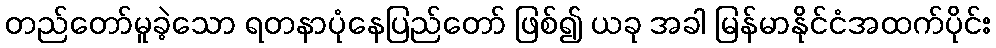
တည်တော်မူခဲ့သော ရတနာပုံနေပြည်တော် ဖြစ်၍ ယခု အခါ မြန်မာနိုင်ငံအထက်ပိုင်း